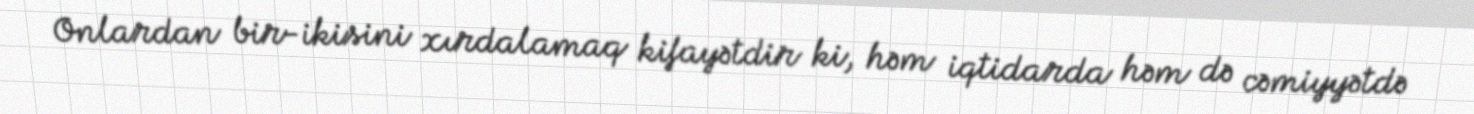
Onlardan bir-ikisini xırdalamaq kifayətdir ki, həm iqtidarda həm də cəmiyyətdə